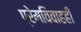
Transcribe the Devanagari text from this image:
प्रेमविवाहही